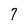
Character: 7